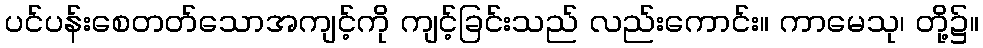
ပင်ပန်းစေတတ်သောအကျင့်ကို ကျင့်ခြင်းသည် လည်းကောင်း။ ကာမေသု၊ တို့၌။